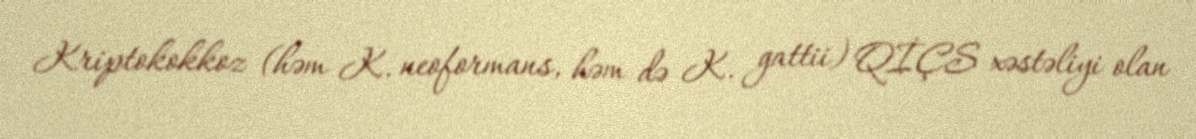
Kriptokokkoz (həm K. neoformans, həm də K. gattii) QİÇS xəstəliyi olan